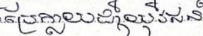
ប្រែក្លាយជាយុវជន